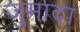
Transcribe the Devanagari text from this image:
जुमादा